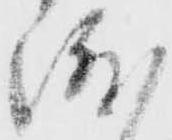
渡